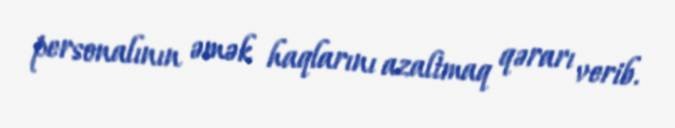
personalının əmək haqlarını azaltmaq qərarı verib.